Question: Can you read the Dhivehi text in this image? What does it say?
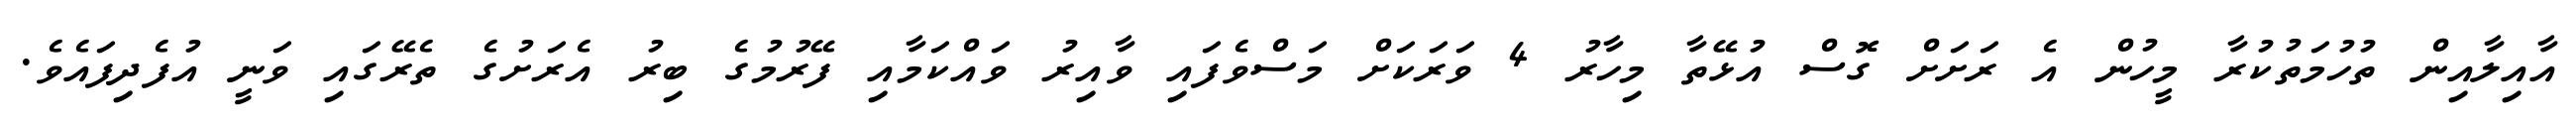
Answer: އާއިލާއިން ތުހުމަތުކުރާ މީހުން އެ ރަށަށް ގޮސް އުޅޭތާ މިހާރު 4 ވަރަކަށް މަސްވެފައި ވާއިރު ވައްކަމާއި ފޭރުމުގެ ބިރު އެރަށުގެ ތެރޭގައި ވަނީ އުފެދިފައެވެ.